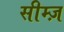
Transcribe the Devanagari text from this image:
सीम्ज़